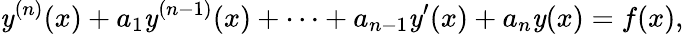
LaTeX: \mathit{y}^{(n)}(x)+a_{1}\mathit{y}^{(n-1)}(x)+\cdots+a_{n-1}\mathit{y}^{\prime}(x)+a_{n}\mathit{y}(x)=f(x),